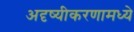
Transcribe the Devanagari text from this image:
अदृष्यीकरणामध्ये